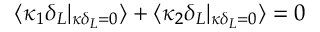
\langle \kappa _ { 1 } \delta _ { L } | _ { \kappa \delta _ { L } = 0 } \rangle + \langle \kappa _ { 2 } \delta _ { L } | _ { \kappa \delta _ { L } = 0 } \rangle = 0